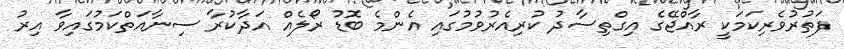
ފަތުރުވެރިކަމަކީ ރާއްޖޭގެ އިގްތިސާދު ކުރިއެރުވުމުގައި އެންމެ ބޮޑު ރޯލެއް އަދާކުރާ ސިނާއަތްކަމުގައިވާ އިރު